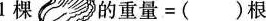
1棵 的重量=()根